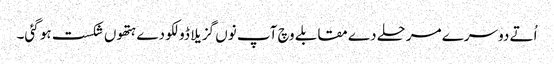
اُتے دوسرے مرحلے دے مقابلے وچ آپ نو‏‏ں گزیلا ڈولکو دے ہتھو‏ں شکست ہو گئی۔